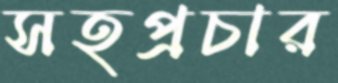
সহপ্রচার